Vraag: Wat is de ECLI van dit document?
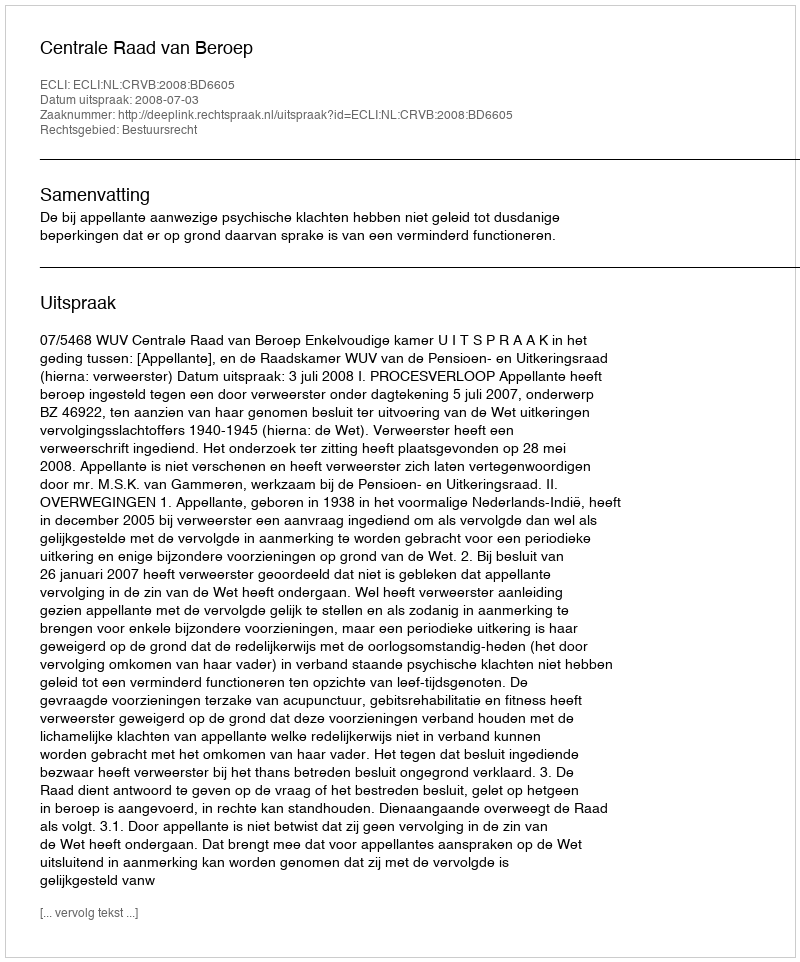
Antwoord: ECLI:NL:CRVB:2008:BD6605